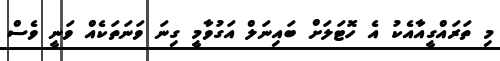
މި ތަރައްގީއާއެކު އެ ހޮޓަލަށް ބައިނަލް އަގުވާމީ ގިނަ ވަނަތަކެއް ވަނީ ވެސް